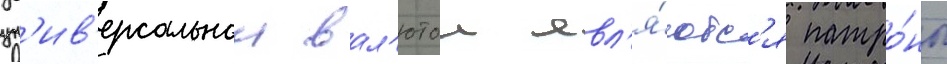
ун'ив'ерсальнои вал'ютои явл'я́ютс'я патро́ны